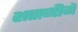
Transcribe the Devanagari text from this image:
शताब्‍दीमें